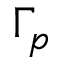
\Gamma _ { p }